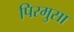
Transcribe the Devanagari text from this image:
पिरमुसा